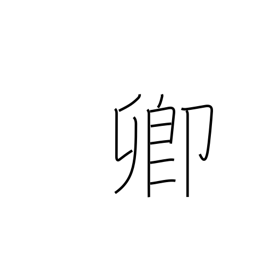
Meaning: lord